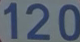
120